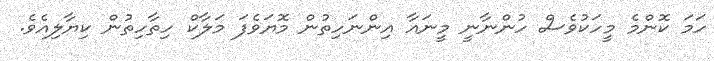
ހަމަ ކޮންމެ މީހަކުވެސް ހުންނާނީ މީނައާ އިންނަހިތުން މޮޔަވެފަ މަލާކް ހިތާހިތުން ކިޔާލިއެވެ.